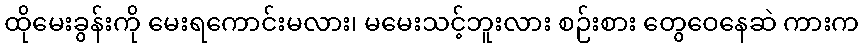
ထိုမေးခွန်းကို မေးရကောင်းမလား၊ မမေးသင့်ဘူးလား စဉ်းစား တွေဝေနေဆဲ ကားက